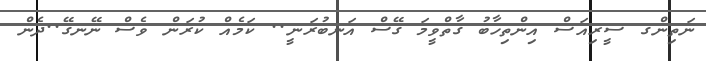
ނަތިންގ ސީރިއަސް އިންތިހާބު ގާތްވީމަ ގޭސް އަނބުރަނީ.. ކަމެއް ކުރަން ވެސް ނޭނގޭ..ދެން